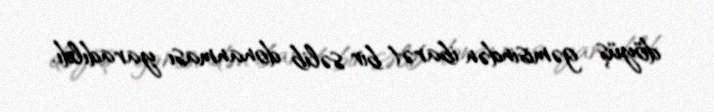
döyüş gəmisindən ibarət bir səlib donanması yaradıldı.